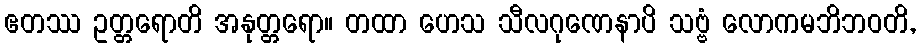
ဧတဿ ဥတ္တရောတိ အနုတ္တရော။ တထာ ဟေသ သီလဂုဏေနာပိ သဗ္ဗံ လောကမဘိဘဝတိ,